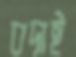
বদাই